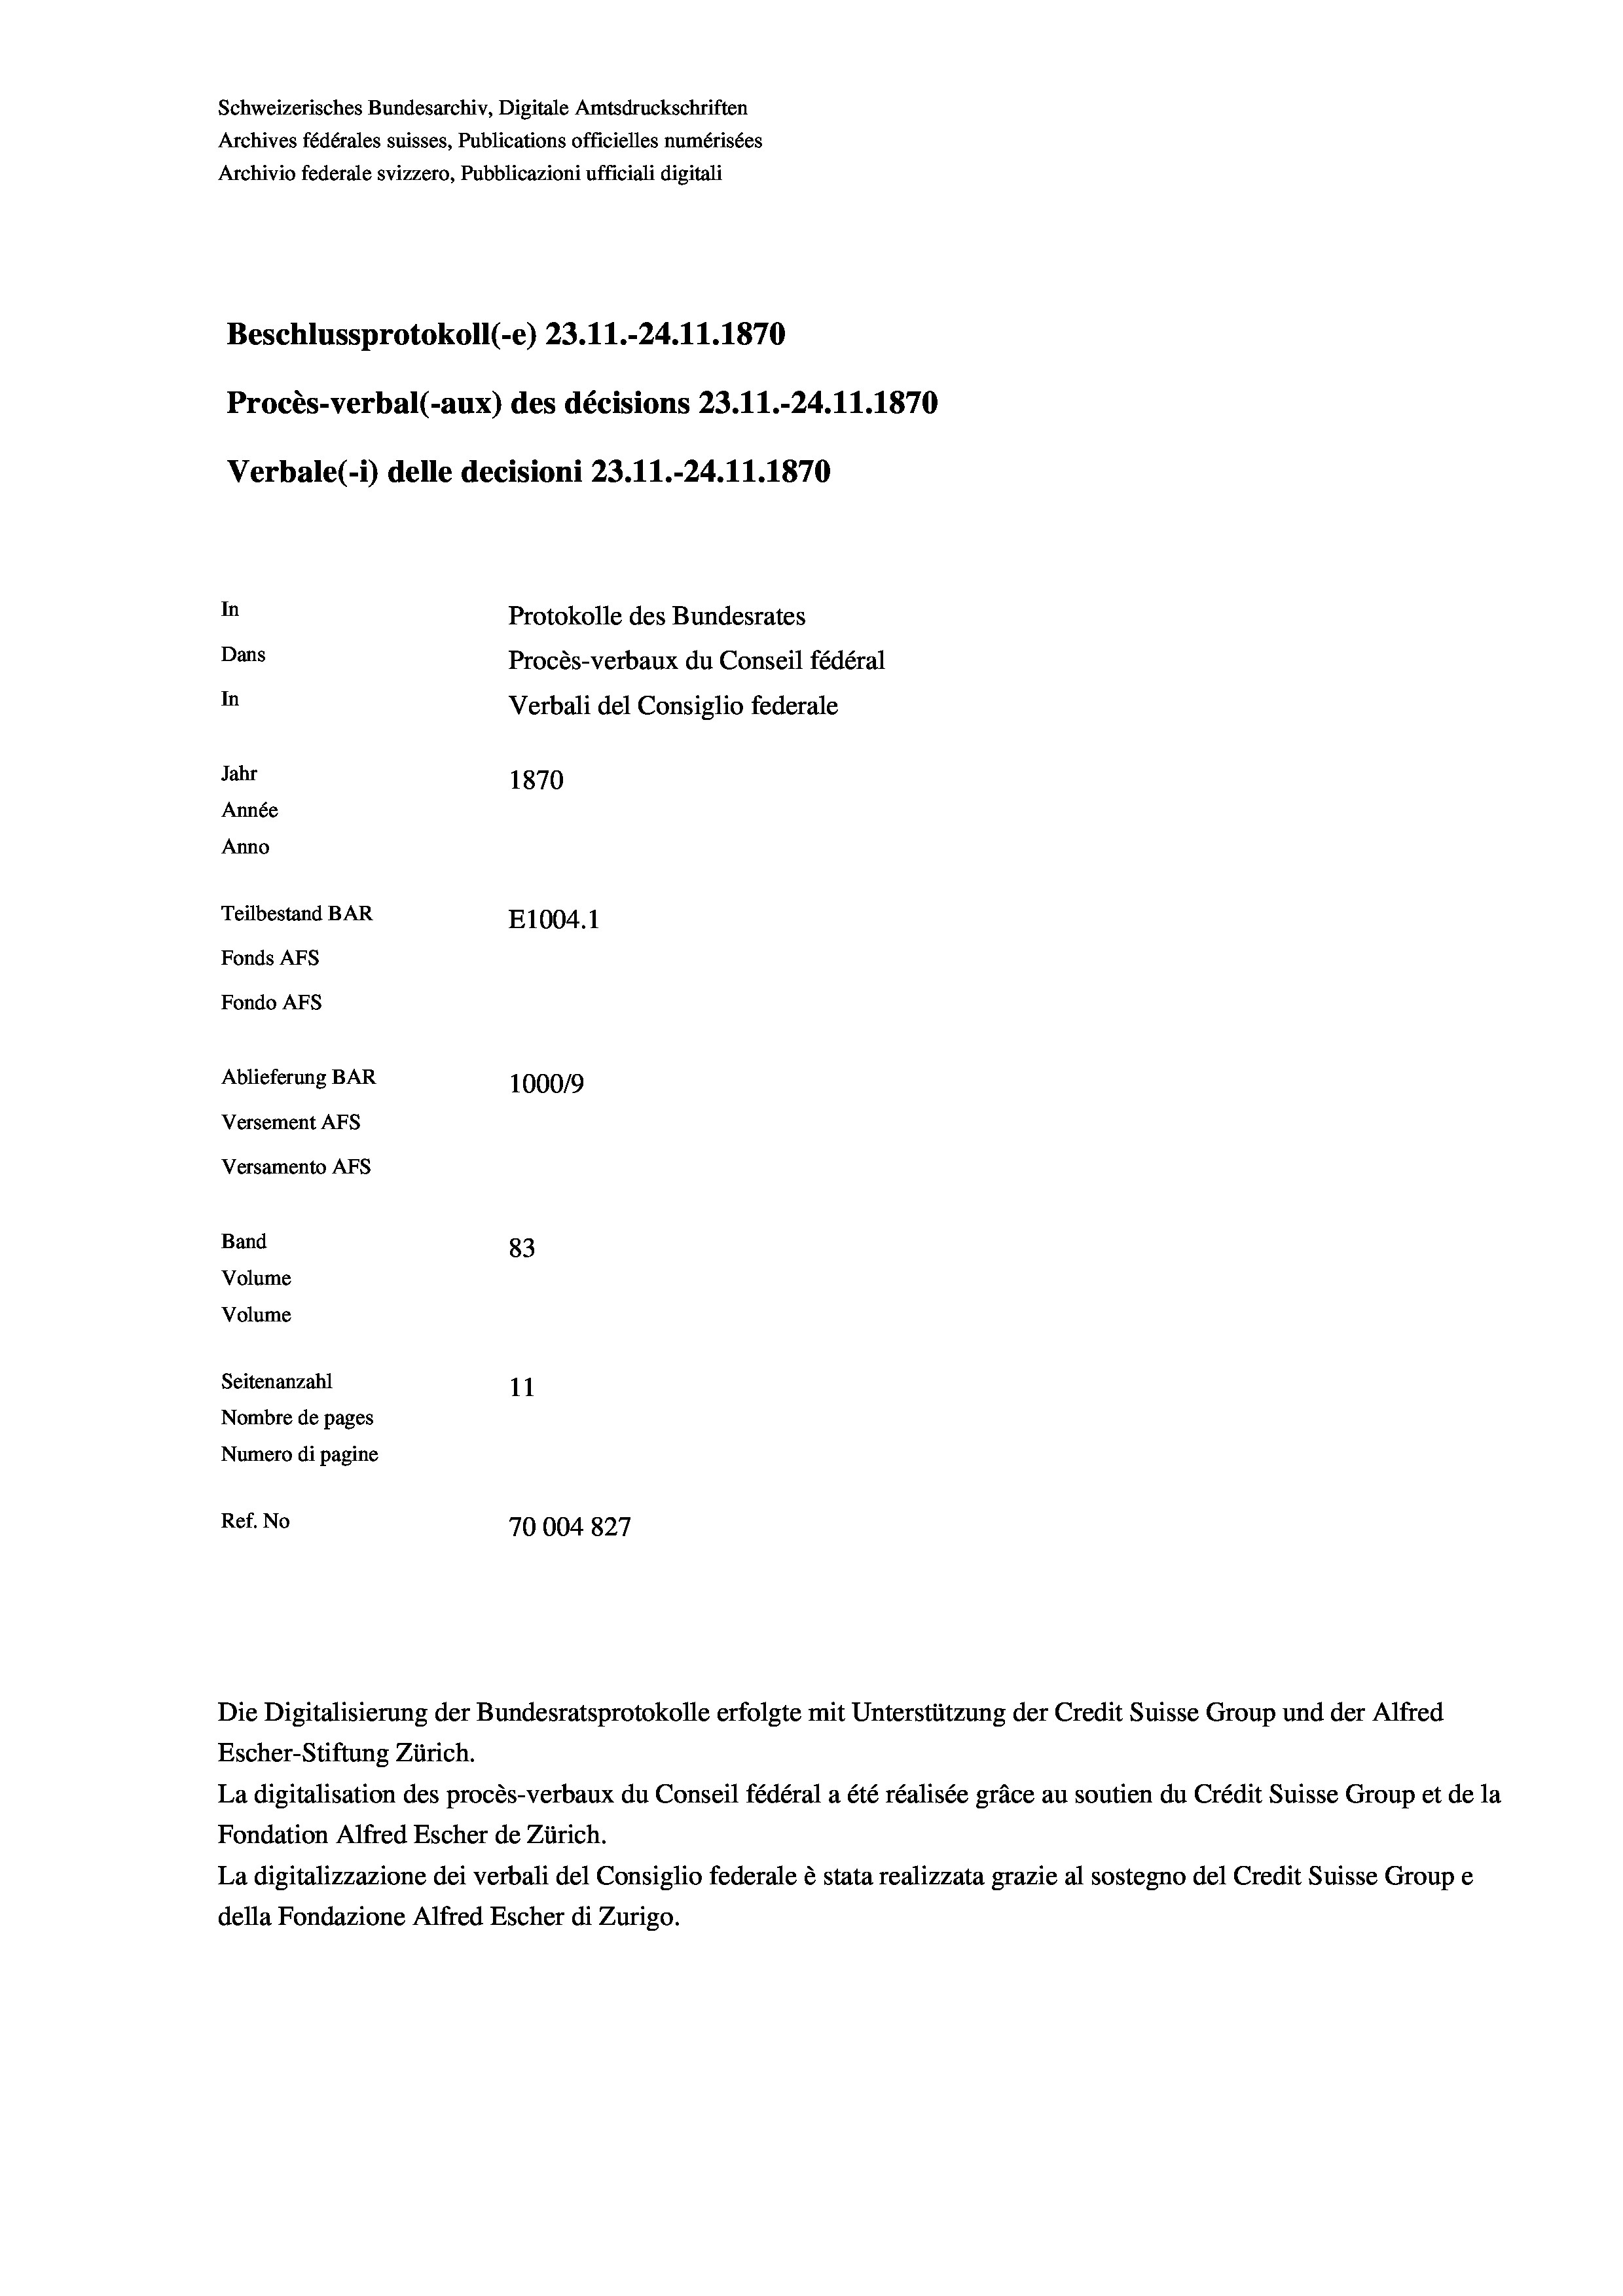
Schweizerisches Bundesarchiv, Digitale Amtsdruckschriften
Archives fédérales suisses, Publications officielles numérisées
Archivio federale svizzero, Pubblicazioni ufficiali digitali
Beschlussprotokoll (-e) 23.11.-24.11.1870
Procès-verbal (-aux) des décisions 23.11.-24.11.1870
Verbale (i) delle decisioni 23. 11.-24.11.1870
In
Protokolle des Bundesrates
Dans
Procès-verbaux du Conseil fédéral
In
Verbali del Consiglio federale
Jahr
1870
Année
Anno
Teilbestand BAR
E1004. 1
Fonds Afs
Fondo AFs
Ablieferung BAR
100019
Versement AFs
Versamento AFs
Band
83
Volume
Volume
Seitenanzahl
11
Nombre de pages
Numero di pagine
Ref. No
70004827

Escher-Stiftung Zürich.
La digitalisation des procès-verbaux du Conseil fédéral a été réalisée gräce au soutien du Crédit Suisse Group et de la
Fondation Alfred Escher de Zürich.
La digitalizzazione dei verbali del Consiglio federale è stata realizzata grazie al sostegno del Credit Suisse Groupe
della Fondazione Alfred Escher di Zurigo.

Die Digitalisierung der Bundesratsprotokolle erfolgte mit Unterstützung der Credit Suisse Group und der Alfred